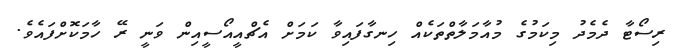
ރިސޯޓާ ދެމެދު މިކަމުގެ މުއާމަލާތްތަކެއް ހިނގާފައިވާ ކަމަށް އެޗްއީއޯސީއިން ވަނީ ރޭ ހާމަކޮށްފައެވެ.